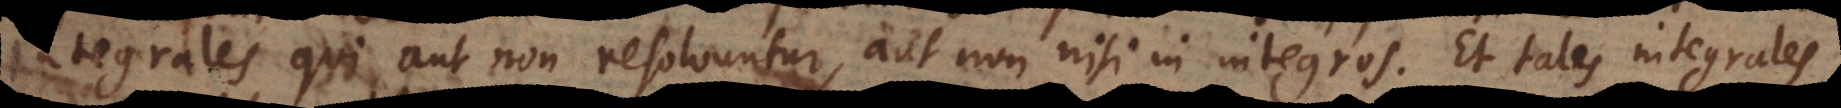
tegrales qui aut non resolvuntur, aut non nisi in integros. Et tales integrales